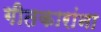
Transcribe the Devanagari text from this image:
गीतकारांना